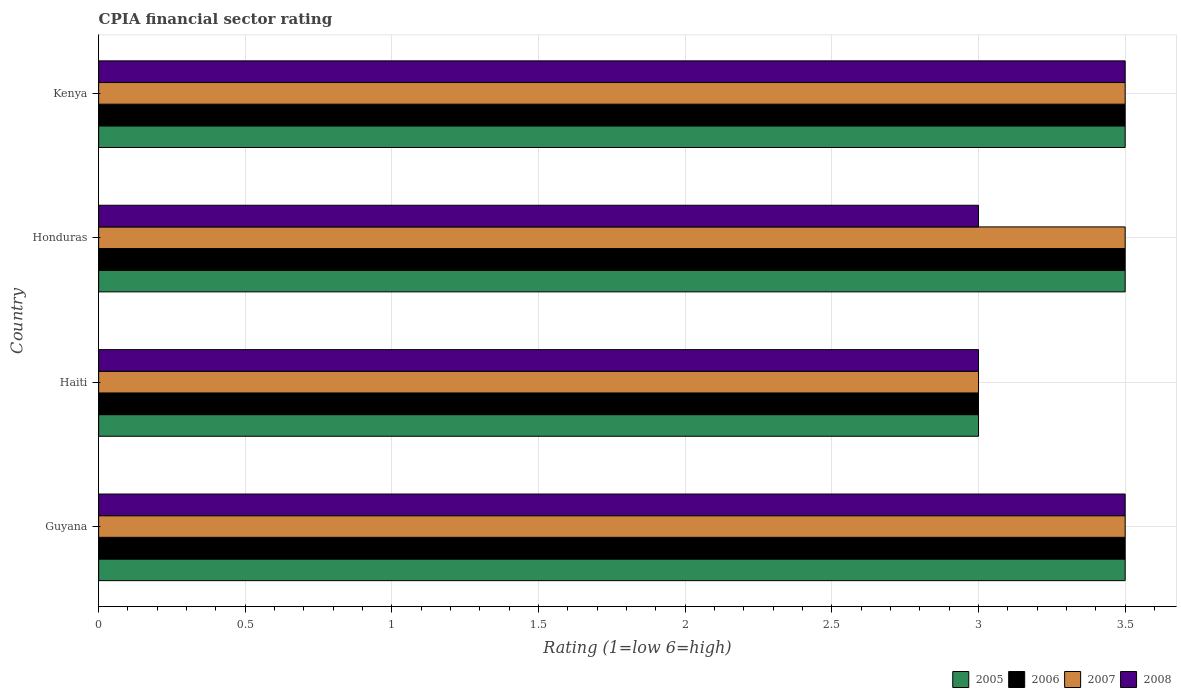
| Country | 2005 | 2006 | 2007 | 2008 |
 | --- | --- | --- | --- | --- |
 | Guyana | 3.5 | 3.5 | 3.5 | 3.5 |
 | Haiti | 3 | 3 | 3 | 3 |
 | Honduras | 3.5 | 3.5 | 3.5 | 3 |
 | Kenya | 3.5 | 3.5 | 3.5 | 3.5 |